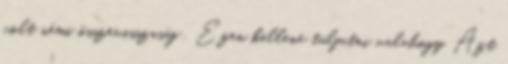
volt némi összevisszaság . Ezen kellene túljutni valahogy. Azt